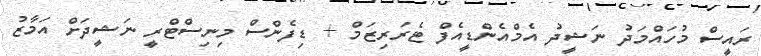
ރައީސް މުހައްމަދު ނަޝީދު އެމްއެންޑީއެފް ޓެރަރިޒަމް + ޑިފެންސް މިނިސްޓްރީ ނަޝީދަށް އަމާޒު